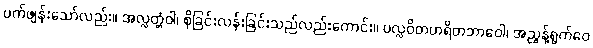
ပက်ဖျန်းသော်လည်း။ အလ္လတ္တံဝါ၊ စိုခြင်းလန်းခြင်းသည်လည်းကောင်း။ ပလ္လဝိတဟရိတဘာဝေါ၊ အညွန့်ရွက်ဝေ